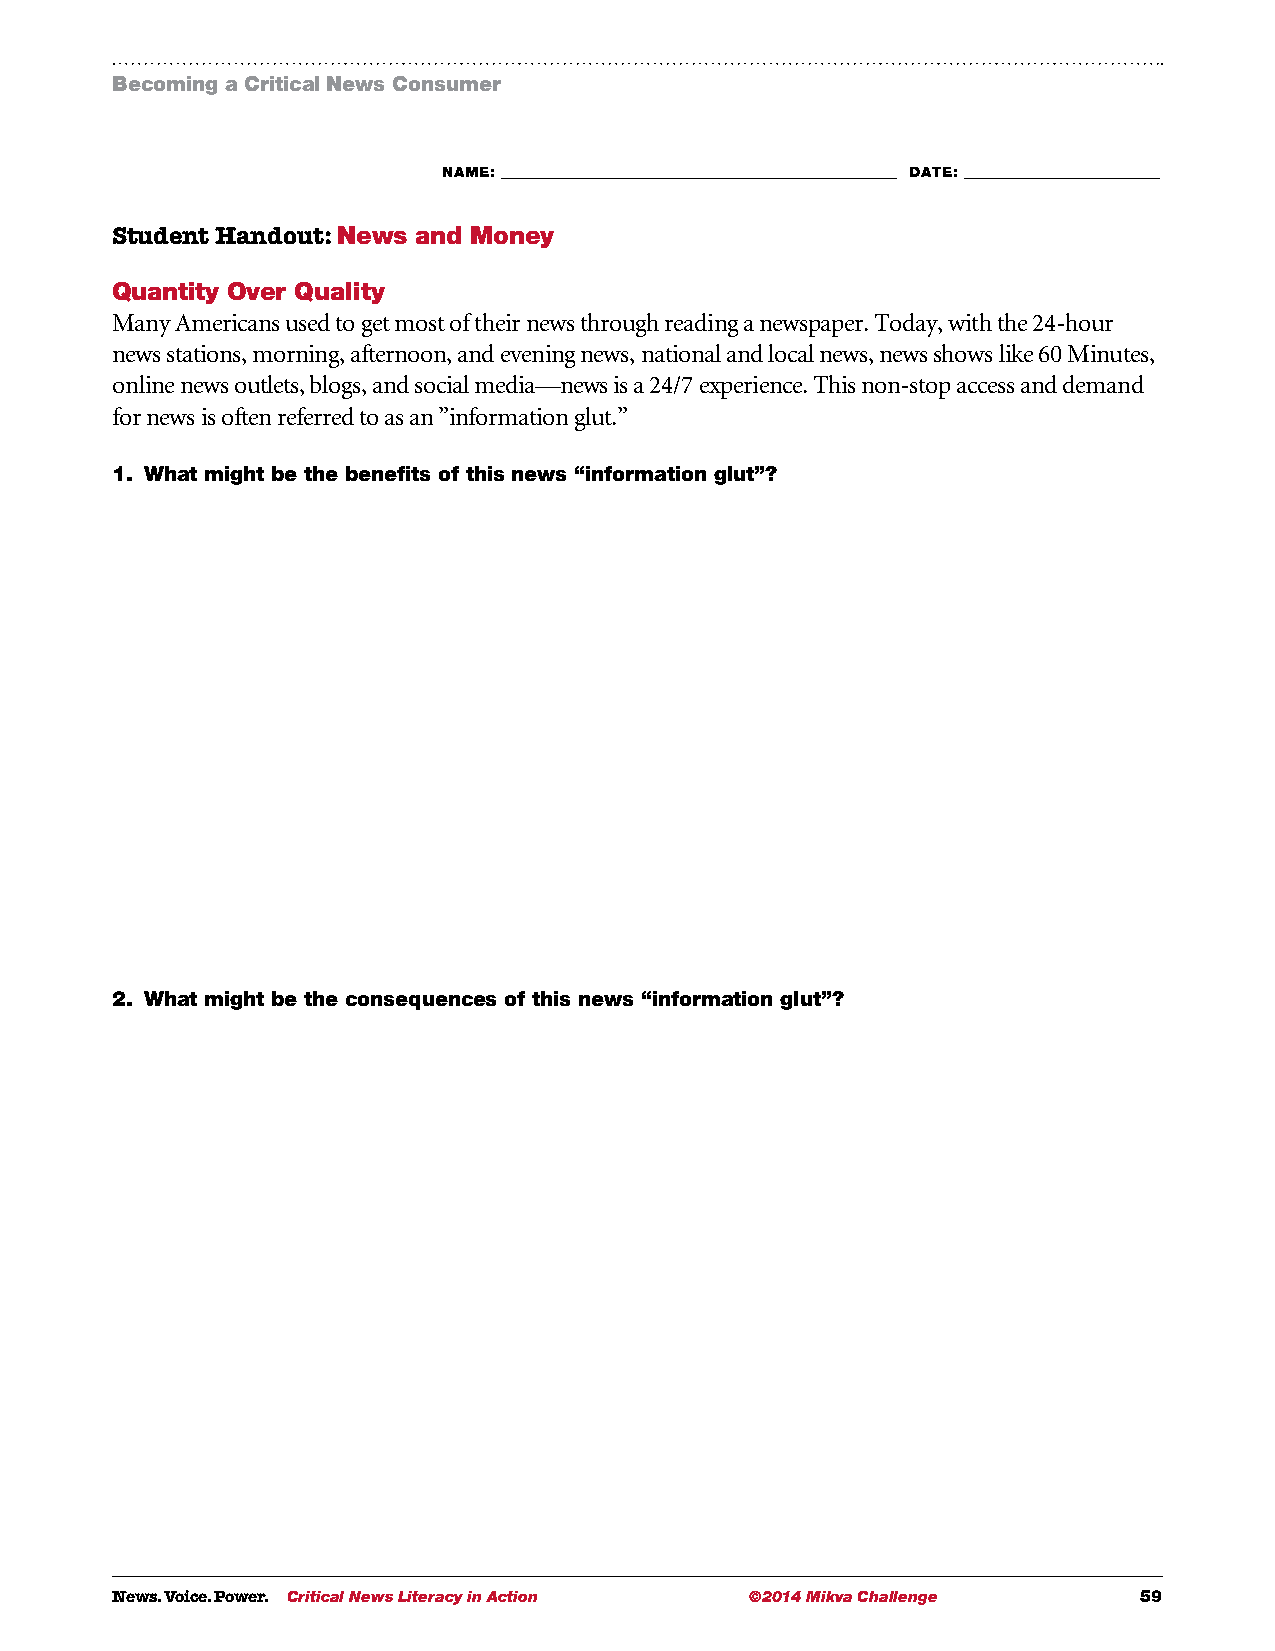
Becoming a Critical News Consumer
 NAME: ___________________________________________________________ DATE: _____________________________
 Student Handout: News and Money
 Quantity Over Quality
 Many Americans used to get most of their news through reading a newspaper. Today, with the 24-hour
 news stations, morning, afternoon, and evening news, national and local news, news shows like 60 Minutes,
 online news outlets, blogs, and social media—news is a 24/7 experience. This non-stop access and demand
 for news is often referred to as an ”information glut.”
 1. What might be the benefits of this news “information glut”?
 2. What might be the consequences of this news “information glut”?
 News. Voice. Power. Critical News Literacy in Action ©2014 Mikva Challenge 59